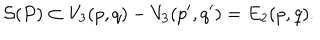
LaTeX: { \cal S } ( P ) \subset V _ { 3 } ( p , q ) - V _ { 3 } ( p ^ { \prime } , q ^ { \prime } ) = E _ { 2 } ( p , q ) .